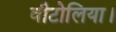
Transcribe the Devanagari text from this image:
वीटोलिया।